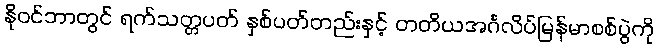
နိုဝင်ဘာတွင် ရက်သတ္တပတ် နှစ်ပတ်တည်းနှင့် တတိယအင်္ဂလိပ်မြန်မာစစ်ပွဲကို